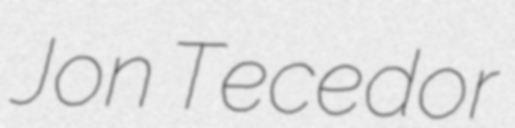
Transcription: Jon Tecedor